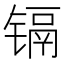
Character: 镉